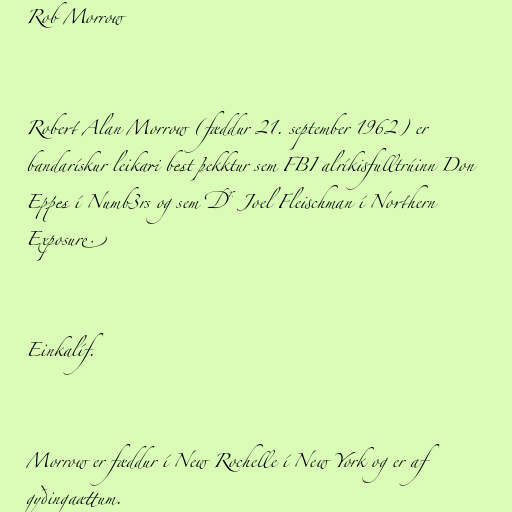
Rob Morrow

Robert Alan Morrow (fæddur 21. september 1962) er
bandarískur leikari best þekktur sem FBI alríkisfulltrúinn Don
Eppes í Numb3rs og sem Dr. Joel Fleischman í Northern
Exposure.

Einkalíf.

Morrow er fæddur í New Rochelle í New York og er af
gyðingaættum.